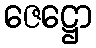
ဇေဋ္ဌော